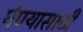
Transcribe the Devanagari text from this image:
घेण्यासाठीं